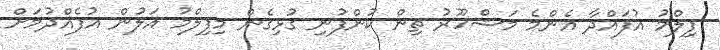
ފިލްމު އުފައްދާ އެންމެ މަޝްހޫރު ތިން ކުންފުނި ގުޅިގެން މިފިލްމު އަލުން އުފެއްދުމަށް